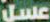
عسل